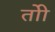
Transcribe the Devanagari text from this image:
तोी